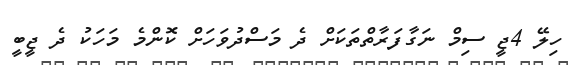
ހިލޭ 4ޖީ ސިމް ނަގާފަރާތްތަކަށް ދެ މަސްދުވަހަށް ކޮންމެ މަހަކު ދެ ޖީބީ